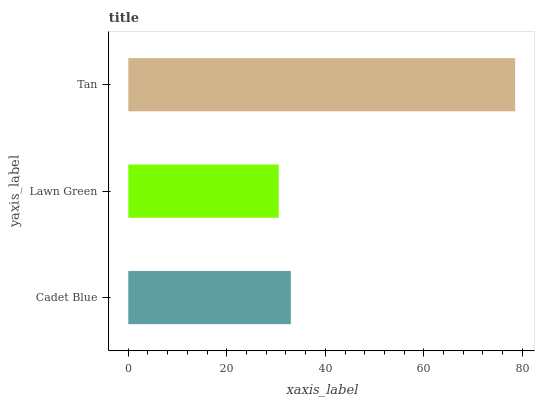
| yaxis_label | bars |
 | --- | --- |
 | Cadet Blue | 33 |
 | Lawn Green | 30.6 |
 | Tan | 78.5 |